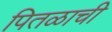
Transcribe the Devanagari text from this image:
पितळाची